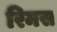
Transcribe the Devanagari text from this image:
रिमस